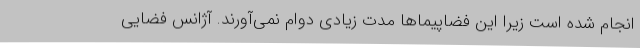
انجام شده است زیرا این فضاپیماها مدت زیادی دوام نمی‌آورند. آژانس فضایی